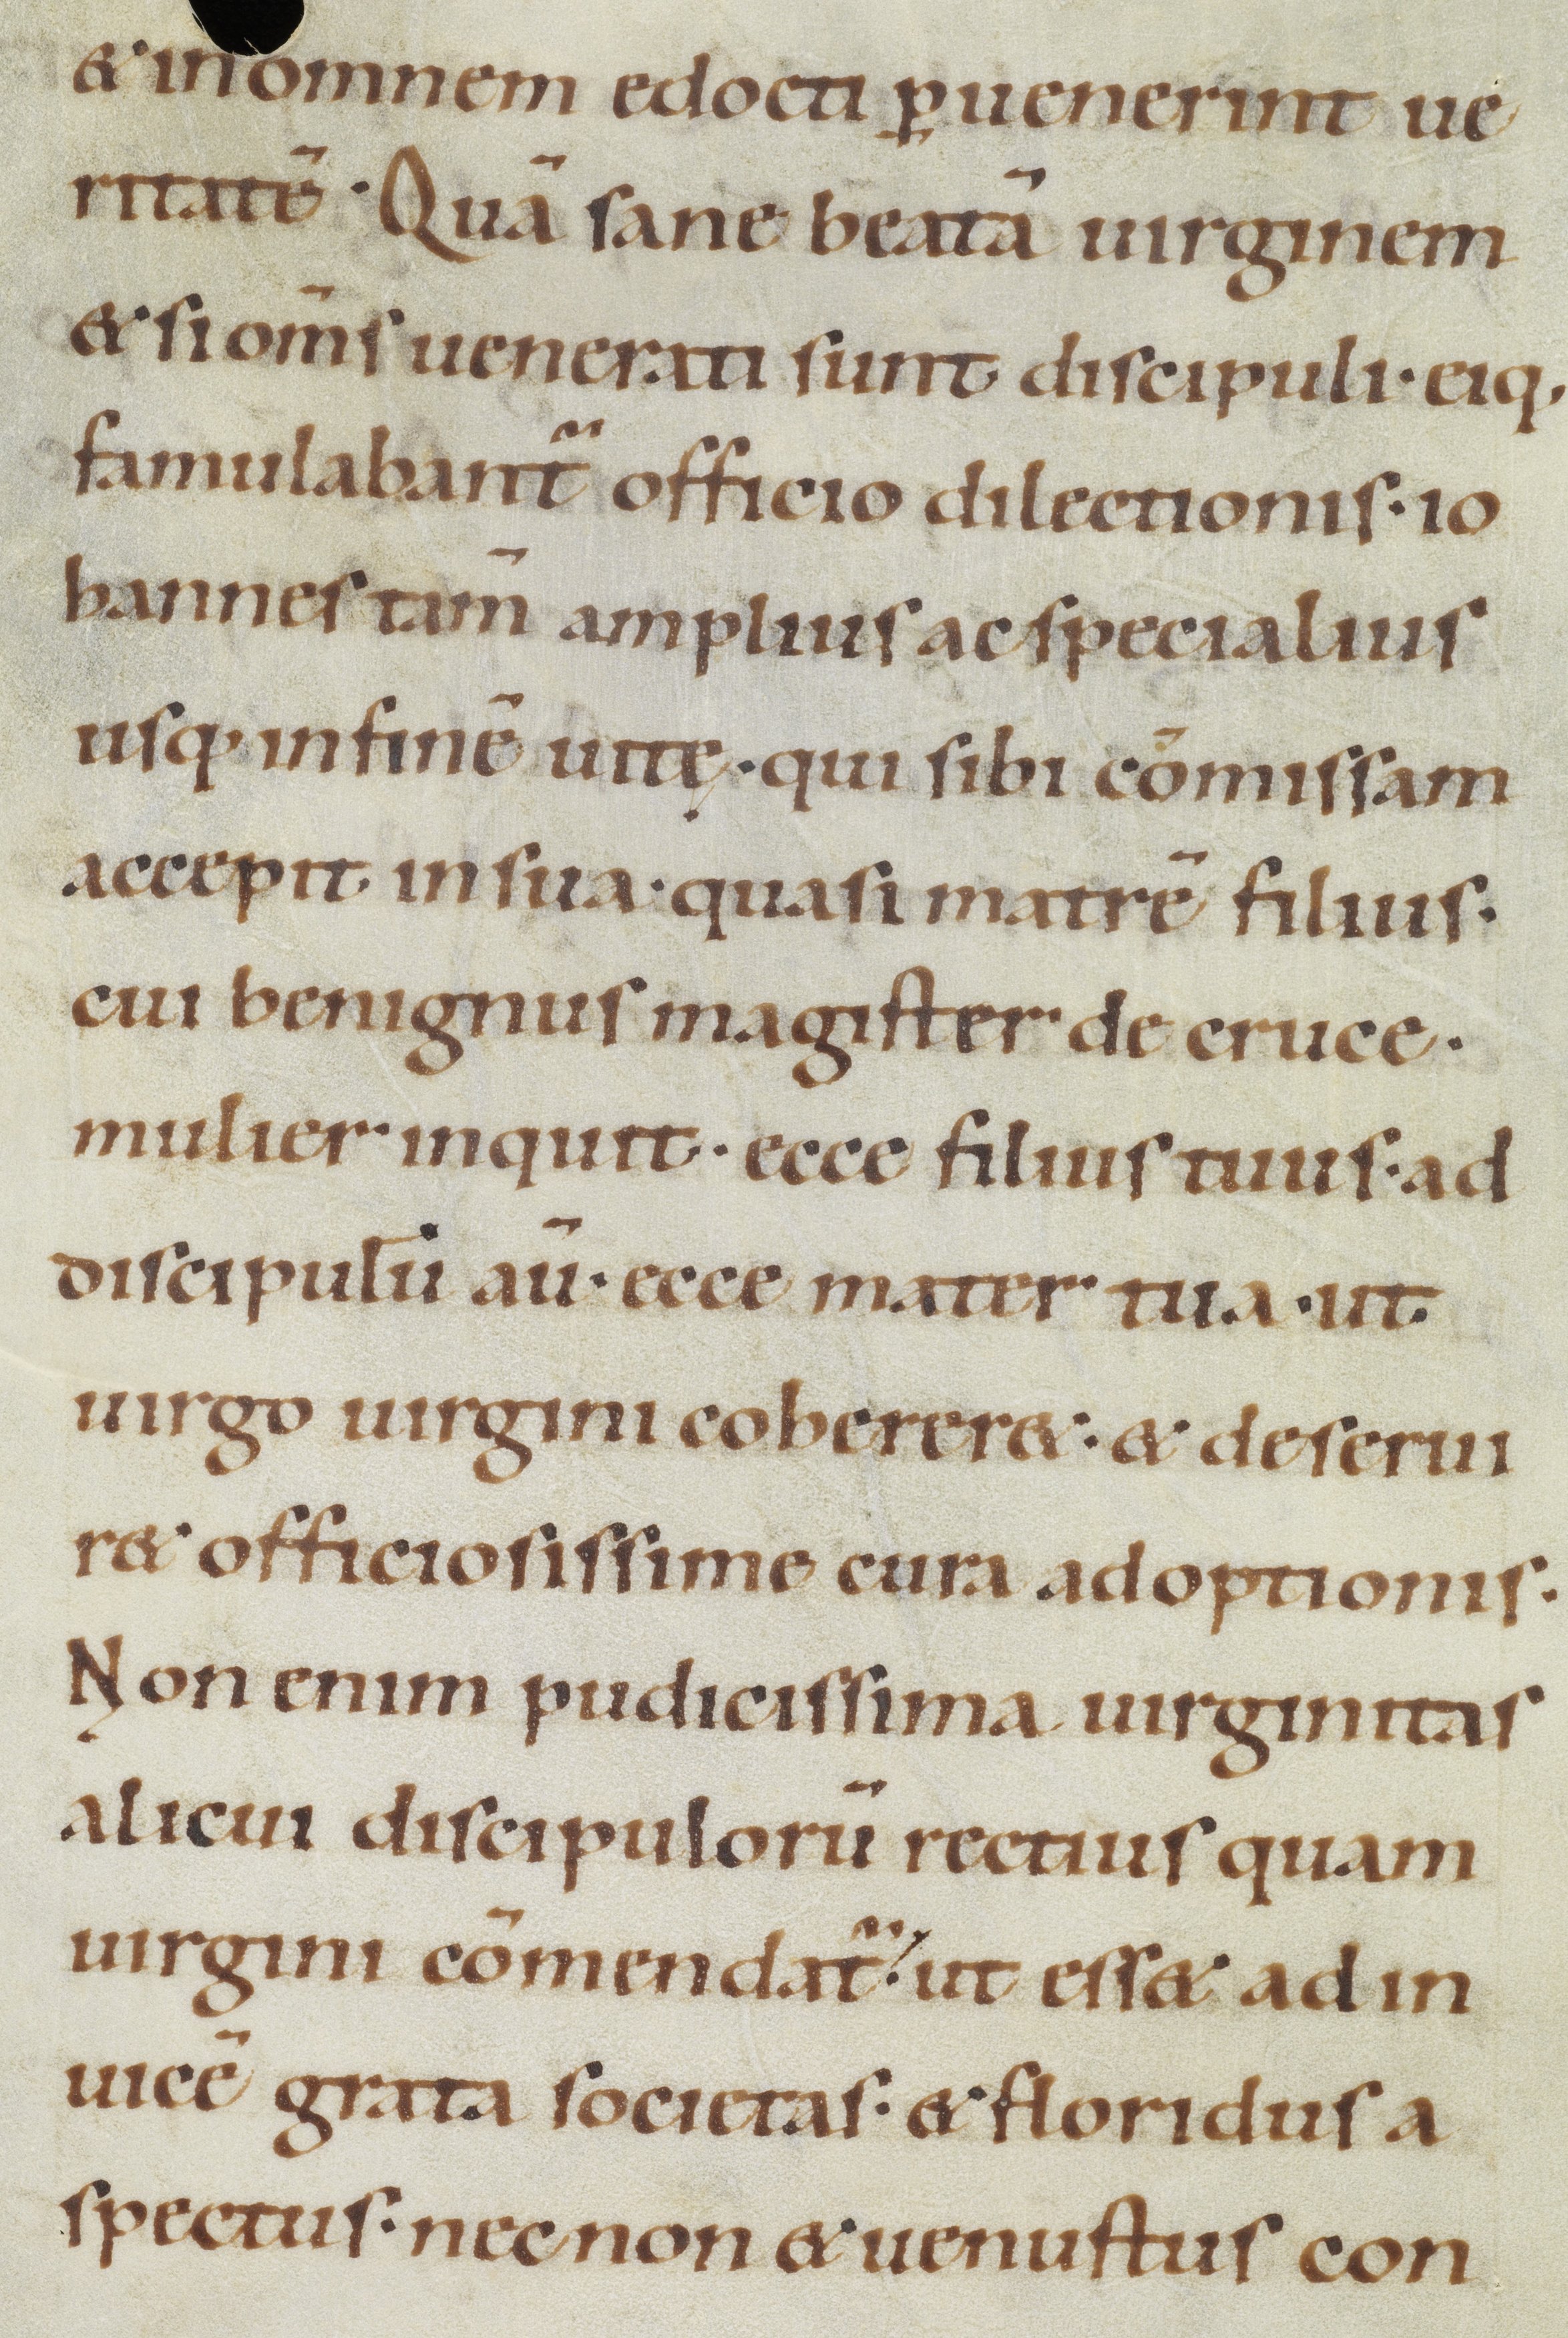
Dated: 1100–1199